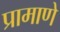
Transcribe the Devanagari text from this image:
प्रामाणे